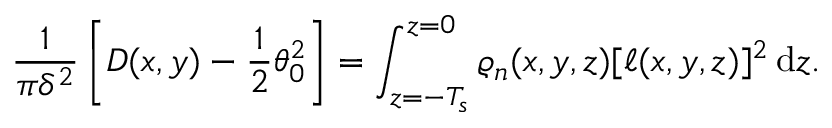
\frac { 1 } { \pi \delta ^ { 2 } } \left[ D ( x , y ) - \frac { 1 } { 2 } \theta _ { 0 } ^ { 2 } \right] = \int _ { z = - T _ { s } } ^ { z = 0 } \varrho _ { n } ( x , y , z ) [ \ell ( x , y , z ) ] ^ { 2 } \, \mathrm { d } z .